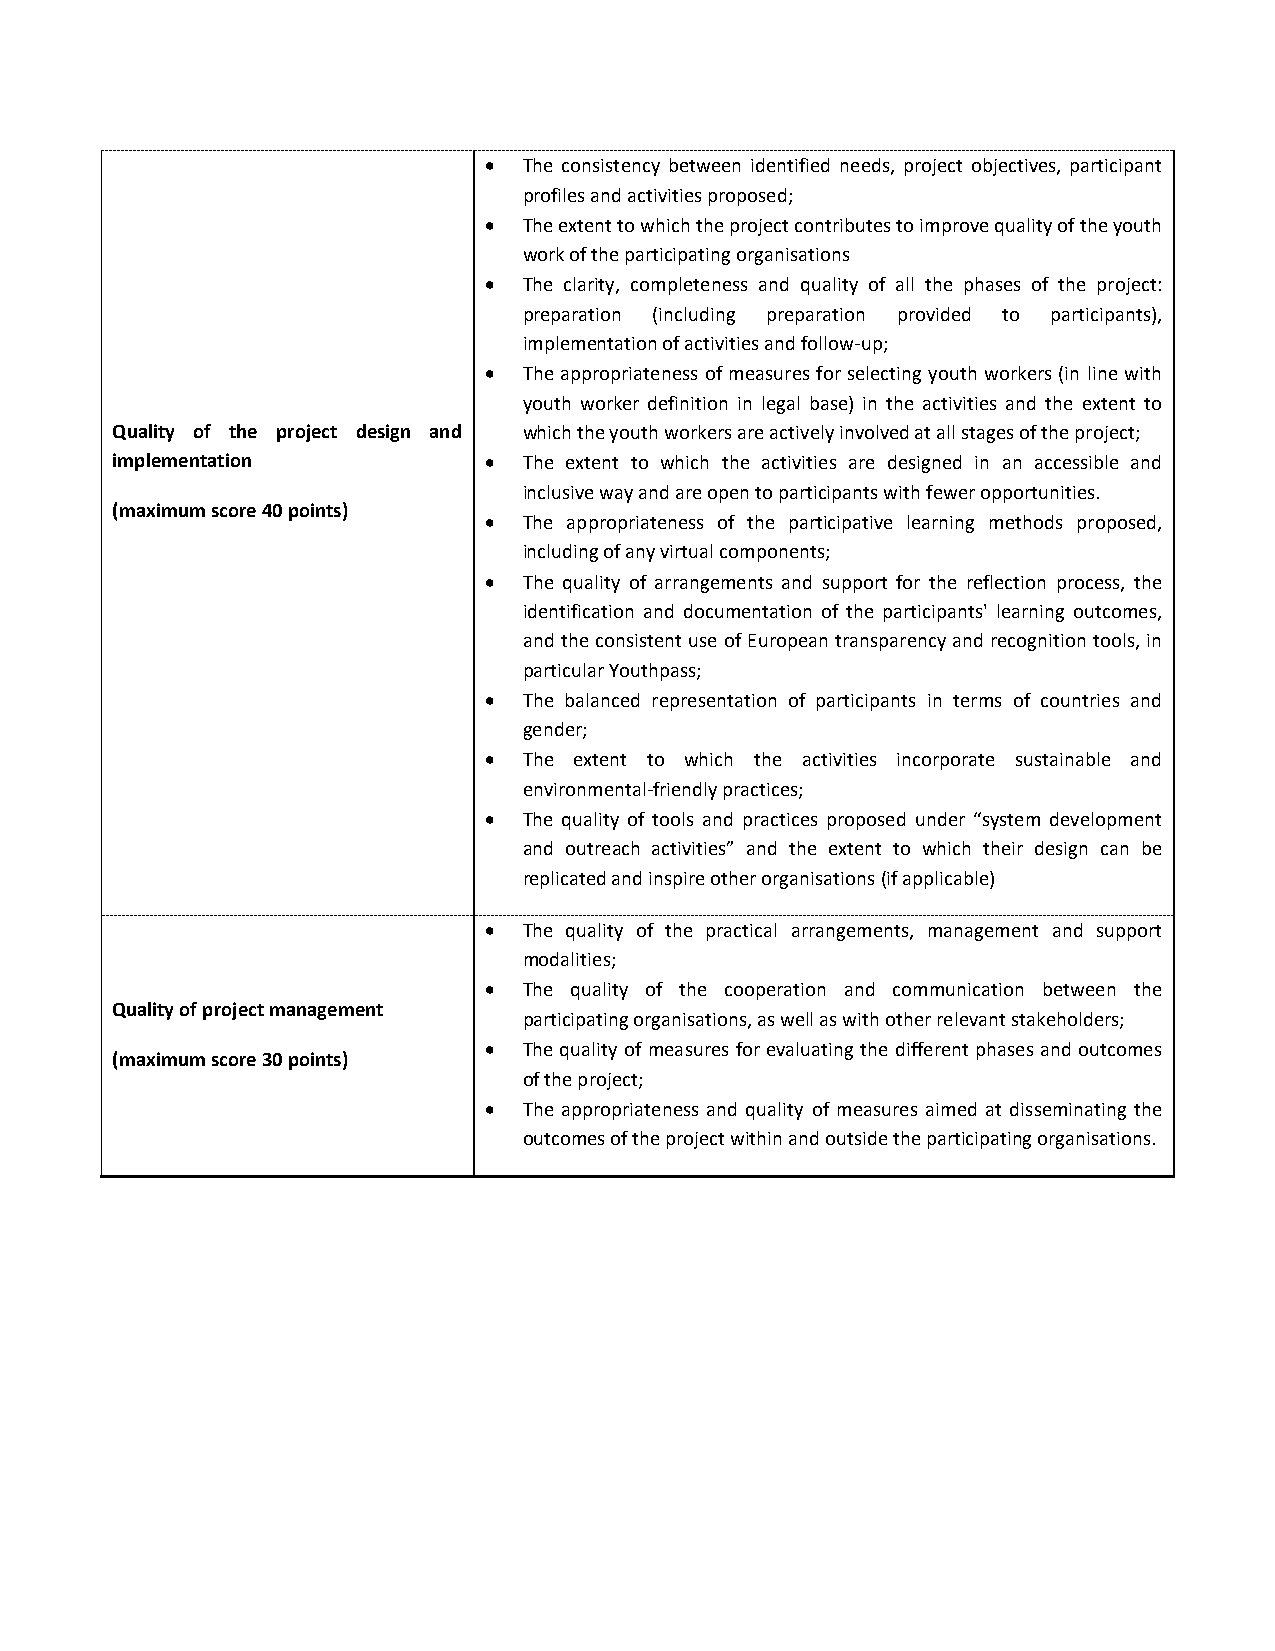
  The consistency between identified needs, project objectives, participant
 profiles and activities proposed;
   The extent to which the project contributes to improve quality of the youth
 work of the participating organisations
   The clarity, completeness and quality of all the phases of the project:
 preparation (including preparation provided to participants),
 implementation of activities and follow-up;
   The appropriateness of measures for selecting youth workers (in line with
 youth worker definition in legal base) in the activities and the extent to
 Quality of the project design and which the youth workers are actively involved at all stages of the project;
 implementation             The extent to which the activities are designed in an accessible and
 inclusive way and are open to participants with fewer opportunities.
 (maximum score 40 points)
   The appropriateness of the participative learning methods proposed,
 including of any virtual components;
   The quality of arrangements and support for the reflection process, the
 identification and documentation of the participants' learning outcomes,
 and the consistent use of European transparency and recognition tools, in
 particular Youthpass;
   The balanced representation of participants in terms of countries and
 gender;
   The extent to which the activities incorporate sustainable and
 environmental-friendly practices;
   The quality of tools and practices proposed under “system development
 and outreach activities” and the extent to which their design can be
 replicated and inspire other organisations (if applicable)
   The quality of the practical arrangements, management and support
 modalities;
   The quality of the cooperation and communication between the
 Quality of project management
 participating organisations, as well as with other relevant stakeholders;
   The quality of measures for evaluating the different phases and outcomes
 (maximum score 30 points)
 of the project;
   The appropriateness and quality of measures aimed at disseminating the
 outcomes of the project within and outside the participating organisations.